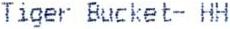
TIGER BUCKET- HH